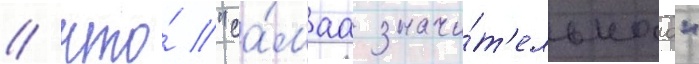
/ что́ "са́маа значи́т'ельнаа"